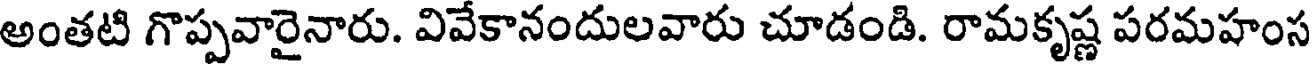
అంతటి గొప్పవారైనారు. వివేకానందులవారు చూడండి. రామకృష్ణ పరమహంస